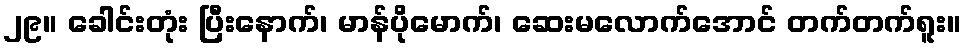
၂၉။ ခေါင်းတုံး ပြီးနောက်၊ မာန်ပိုမောက်၊ ဆေးမလောက်အောင် တက်တက်ရူး။